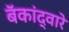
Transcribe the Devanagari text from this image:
बॅकांद्वारे